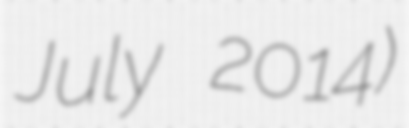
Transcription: July 2014)